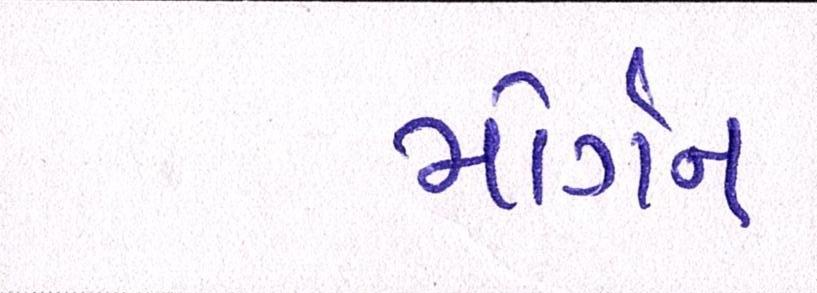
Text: મોર્ગન